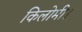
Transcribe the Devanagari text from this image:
किलोमी।